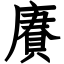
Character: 賡